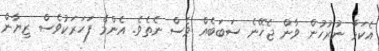
އެކަމާ ނުރުހުން ވާން ޖެހޭނެ ސަބަބެއް ވެސް ނެތެވެ. އެންމެ ފަހަރަކުވެސް ޒިޔާން